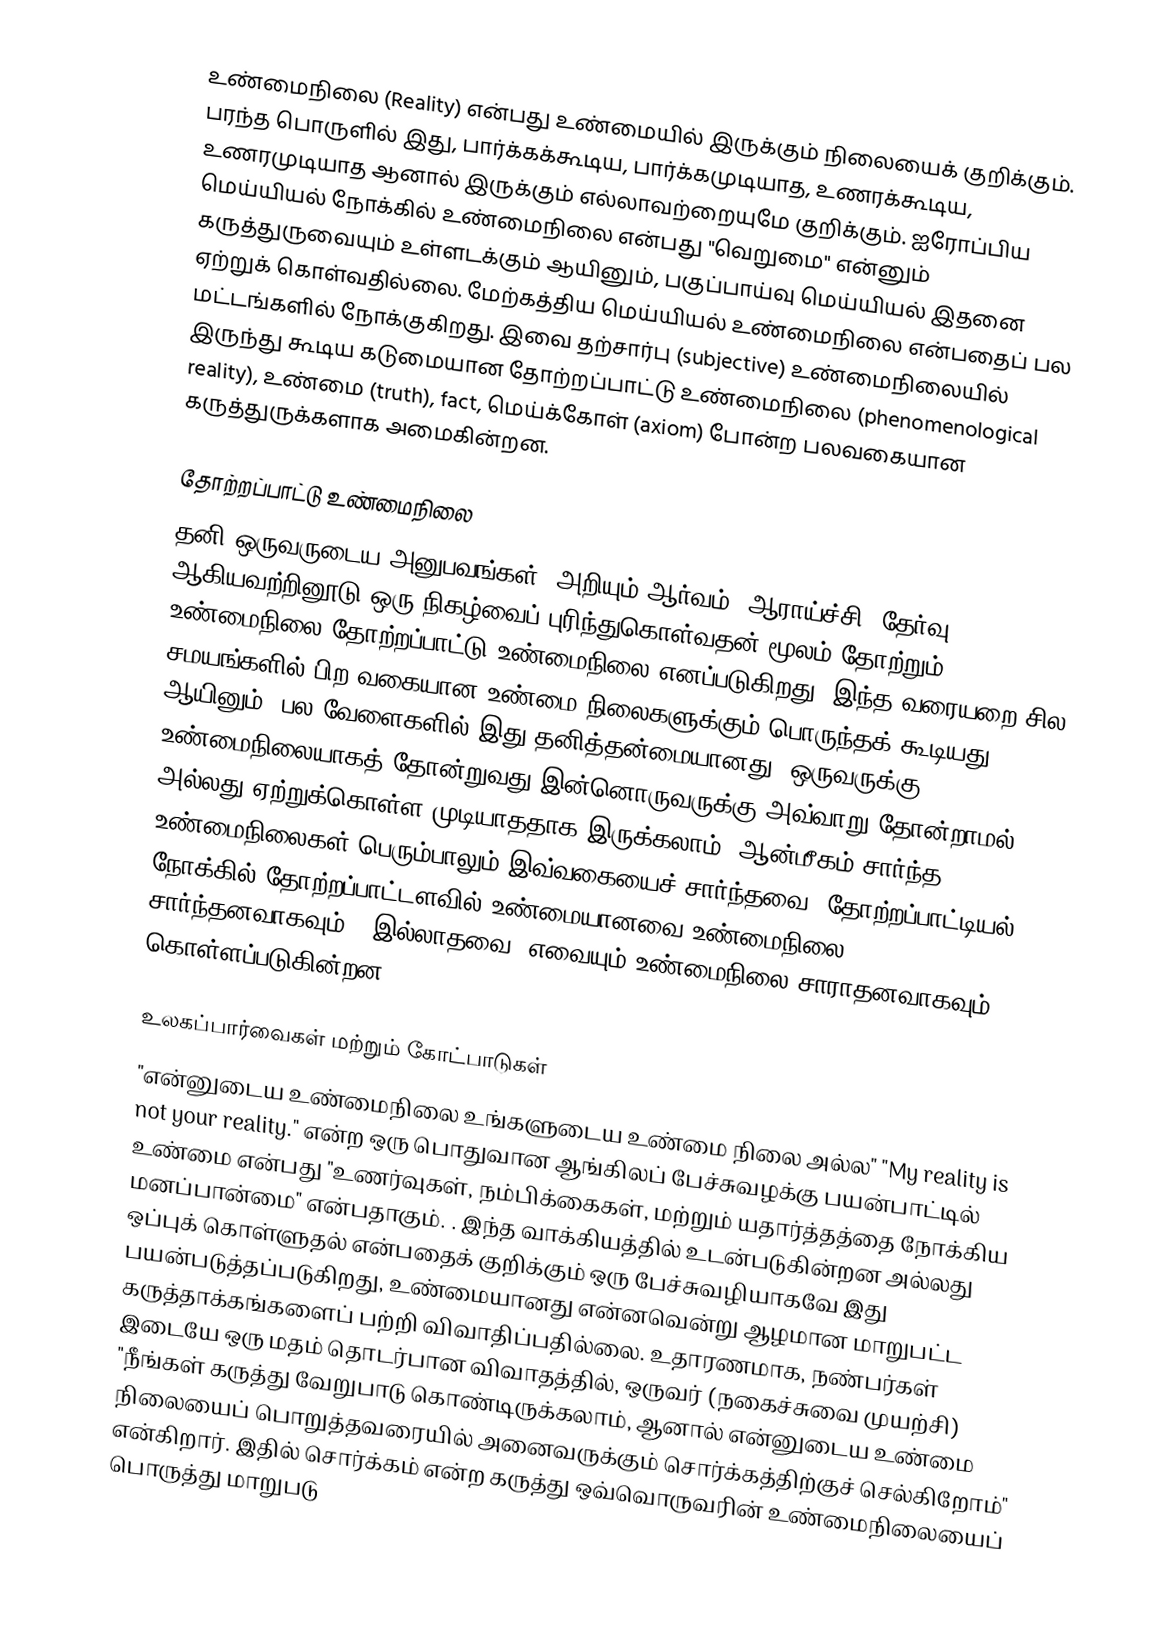
உண்மைநிலை (Reality) என்பது உண்மையில் இருக்கும் நிலையைக் குறிக்கும். பரந்த பொருளில் இது, பார்க்கக்கூடிய, பார்க்கமுடியாத, உணரக்கூடிய, உணரமுடியாத ஆனால் இருக்கும் எல்லாவற்றையுமே குறிக்கும். ஐரோப்பிய மெய்யியல் நோக்கில் உண்மைநிலை என்பது "வெறுமை" என்னும் கருத்துருவையும் உள்ளடக்கும் ஆயினும், பகுப்பாய்வு மெய்யியல் இதனை ஏற்றுக் கொள்வதில்லை. மேற்கத்திய மெய்யியல் உண்மைநிலை என்பதைப் பல மட்டங்களில் நோக்குகிறது. இவை தற்சார்பு (subjective) உண்மைநிலையில் இருந்து கூடிய கடுமையான தோற்றப்பாட்டு உண்மைநிலை (phenomenological reality), உண்மை (truth), fact, மெய்க்கோள் (axiom) போன்ற பலவகையான கருத்துருக்களாக அமைகின்றன.

தோற்றப்பாட்டு உண்மைநிலை
தனி ஒருவருடைய அனுபவங்கள், அறியும் ஆர்வம், ஆராய்ச்சி, தேர்வு ஆகியவற்றினூடு ஒரு நிகழ்வைப் புரிந்துகொள்வதன் மூலம் தோற்றும் உண்மைநிலை தோற்றப்பாட்டு உண்மைநிலை எனப்படுகிறது. இந்த வரையறை சில சமயங்களில் பிற வகையான உண்மை நிலைகளுக்கும் பொருந்தக் கூடியது ஆயினும், பல வேளைகளில் இது தனித்தன்மையானது. ஒருவருக்கு உண்மைநிலையாகத் தோன்றுவது இன்னொருவருக்கு அவ்வாறு தோன்றாமல் அல்லது ஏற்றுக்கொள்ள முடியாததாக இருக்கலாம். ஆன்மீகம் சார்ந்த உண்மைநிலைகள் பெரும்பாலும் இவ்வகையைச் சார்ந்தவை. தோற்றப்பாட்டியல் நோக்கில் தோற்றப்பாட்டளவில் உண்மையானவை உண்மைநிலை சார்ந்தனவாகவும், "இல்லாதவை" எவையும் உண்மைநிலை சாராதனவாகவும் கொள்ளப்படுகின்றன.

உலகப்பார்வைகள் மற்றும் கோட்பாடுகள்
"என்னுடைய உண்மைநிலை உங்களுடைய உண்மை நிலை அல்ல" "My reality is not your reality." என்ற ஒரு பொதுவான ஆங்கிலப் பேச்சுவழக்கு பயன்பாட்டில் உண்மை என்பது "உணர்வுகள், நம்பிக்கைகள், மற்றும் யதார்த்தத்தை நோக்கிய மனப்பான்மை" என்பதாகும்.   . இந்த வாக்கியத்தில்  உடன்படுகின்றன அல்லது ஒப்புக் கொள்ளுதல் என்பதைக் குறிக்கும் ஒரு பேச்சுவழியாகவே இது பயன்படுத்தப்படுகிறது, உண்மையானது என்னவென்று ஆழமான மாறுபட்ட கருத்தாக்கங்களைப் பற்றி விவாதிப்பதில்லை. உதாரணமாக, நண்பர்கள் இடையே ஒரு மதம் தொடர்பான விவாதத்தில், ஒருவர் (நகைச்சுவை முயற்சி)  "நீங்கள் கருத்து வேறுபாடு கொண்டிருக்கலாம், ஆனால் என்னுடைய உண்மை நிலையைப் பொறுத்தவரையில் அனைவருக்கும் சொர்க்கத்திற்குச்  செல்கிறோம்" என்கிறார். இதில் சொர்க்கம் என்ற கருத்து ஒவ்வொருவரின் உண்மைநிலையைப் பொருத்து மாறுபடு